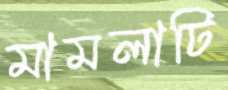
মামলাটি